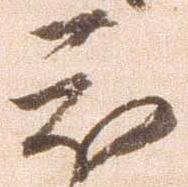
被